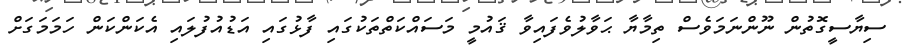
ސިޔާސީގޮތުން ނޫންނަމަވެސް ތިމާޔާ ޙަވާލުވެފައިވާ ޤައުމީ މަސައްކަތްތަކުގައި ފާޅުގައި އަޑުއުފުލައި އެކަންކަން ހަމަމަގަށް